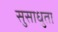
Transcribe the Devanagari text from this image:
सुसाधुता